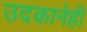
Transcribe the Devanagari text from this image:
उदकानेही